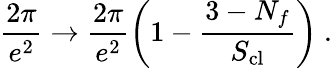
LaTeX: \frac{2\pi}{e^{2}}\rightarrow\frac{2\pi}{e^{2}}\left(1-\frac{3-N_{f}}{S_{\mathrm{cl}}}\right)\ .